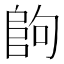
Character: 𱀉